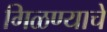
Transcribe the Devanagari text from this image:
गिळण्याचे